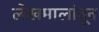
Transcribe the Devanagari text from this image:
लेखमालांतून